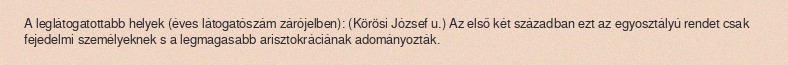
A leglátogatottabb helyek (éves látogatószám zárójelben): (Körösi József u.) Az első két században ezt az egyosztályú rendet csak fejedelmi személyeknek s a legmagasabb arisztokráciának adományozták.